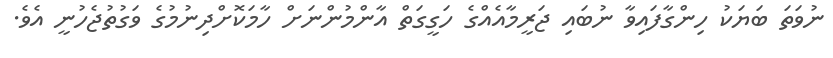
ނުވަތަ ބަޔަކު ހިންގާފައިވާ ނުބައި ޖަރީމާއެއްގެ ހަގީގަތް އާންމުންނަށް ހާމަކޮށްދިނުމުގެ ވަގުތުޖެހުނީ އެވެ.